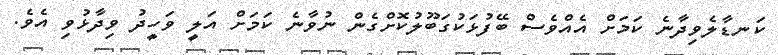
ކަނޑާލެވިދާނެ ކަމަށް އެއްވެސް ބޭފުޅަކުގަބޫލުކޮށްގެން ނުވާނެ ކަމަށް އަލީ ވަހީދު ވިދާޅުވި އެވެ.